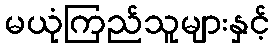
မယုံကြည်သူများနှင့်